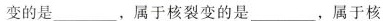
变的是___，属于核裂变的是___，属于核